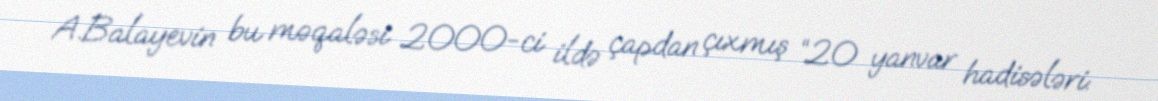
A.Balayevin bu məqaləsi 2000-ci ildə çapdan çıxmış “20 yanvar hadisələri: